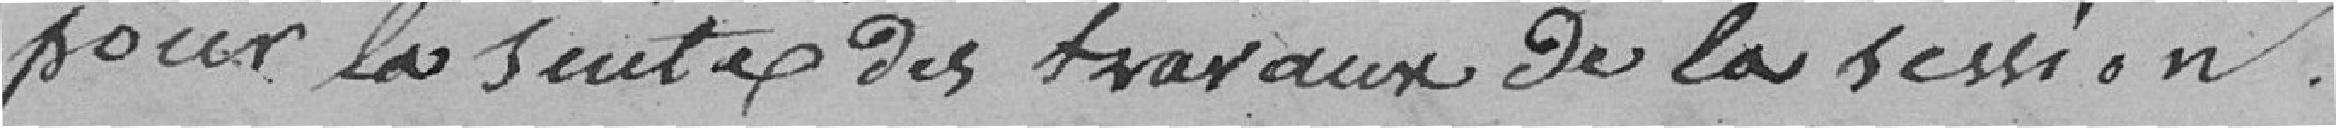
pour la suite des travaux de la session.